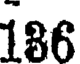
186